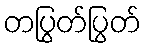
တပြွတ်ပြွတ်